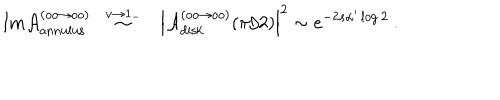
LaTeX: \ \mathrm { I m } { \cal A } _ { \mathrm { a n n u l u s } } ^ { ( o o \to o o ) } \ \ \stackrel { v \to 1 _ { - } } { \sim } \ \ \ \Bigl \vert { \cal A } _ { \mathrm { d i s k } } ^ { ( o o \to o o ) } ( \pi / 2 ) \Bigr \vert ^ { 2 } \sim e ^ { - 2 s \alpha ^ { \prime } \log 2 } \ .